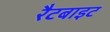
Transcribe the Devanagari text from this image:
रैटबाइट